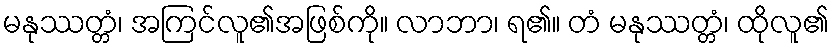
မနုဿတ္တံ၊ အကြင်လူ၏အဖြစ်ကို။ လာဘာ၊ ရ၏။ တံ မနုဿတ္တံ၊ ထိုလူ၏